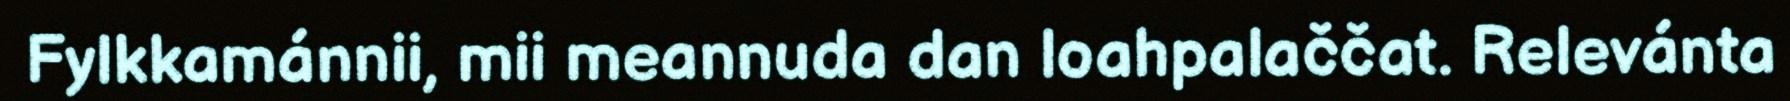
Fylkkamánnii, mii meannuda dan loahpalaččat. Relevánta